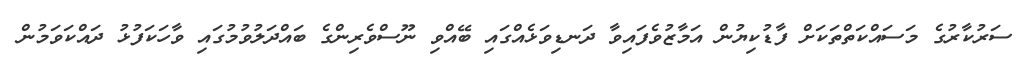
ސަރުކާރުގެ މަސައްކަތްތަކަށް ފާޑުކިޔުން އަމާޒުވެފައިވާ ދަނޑިވަޅެއްގައި ބޭއްވި ނޫސްވެރިންގެ ބައްދަލުވުމުގައި ވާހަކަފުޅު ދައްކަވަމުން